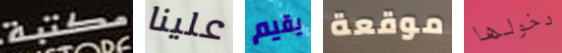
مكتبة علينا يقيم موقعة دخولها